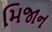
મિજાન